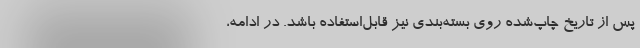
پس از تاریخ چاپ‌شده روی بسته‌بندی نیز قابل‌استفاده باشد. در ادامه،